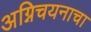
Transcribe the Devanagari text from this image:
अग्निचयनाचा